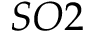
S O 2